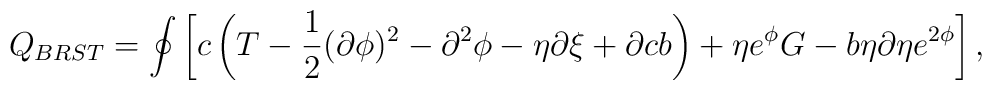
Q_{BRST} = \oint \left[c\left(T-\frac{1}{2}(\partial \phi)^2-\partial^2 \phi -\eta \partial \xi + \partial c b\right) +\eta e^{\phi} G -b\eta\partial \eta e^{2\phi}\right],